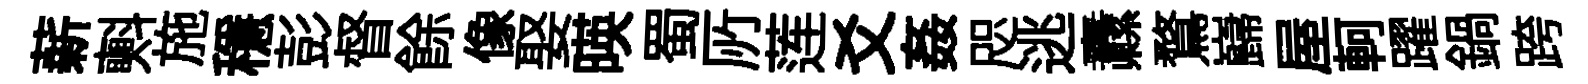
薪㪺施穩彭督餘像娶暎蜀𠩄莲爻姦咫逃纛鶩巋屋軻躍鍋跨